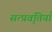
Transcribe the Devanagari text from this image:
सत्प्रवृत्तियाँ